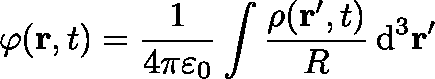
\varphi ( \mathbf { r } , t ) = { \frac { 1 } { 4 \pi \varepsilon _ { 0 } } } \int { \frac { \mathbf { \rho } ( \mathbf { r } ^ { \prime } , t ) } { R } } \operatorname { d } ^ { 3 } \! \mathbf { r } ^ { \prime }